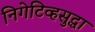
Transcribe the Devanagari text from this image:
निगेटिव्हसुद्धा